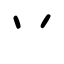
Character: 丷